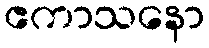
ဧကာသနော